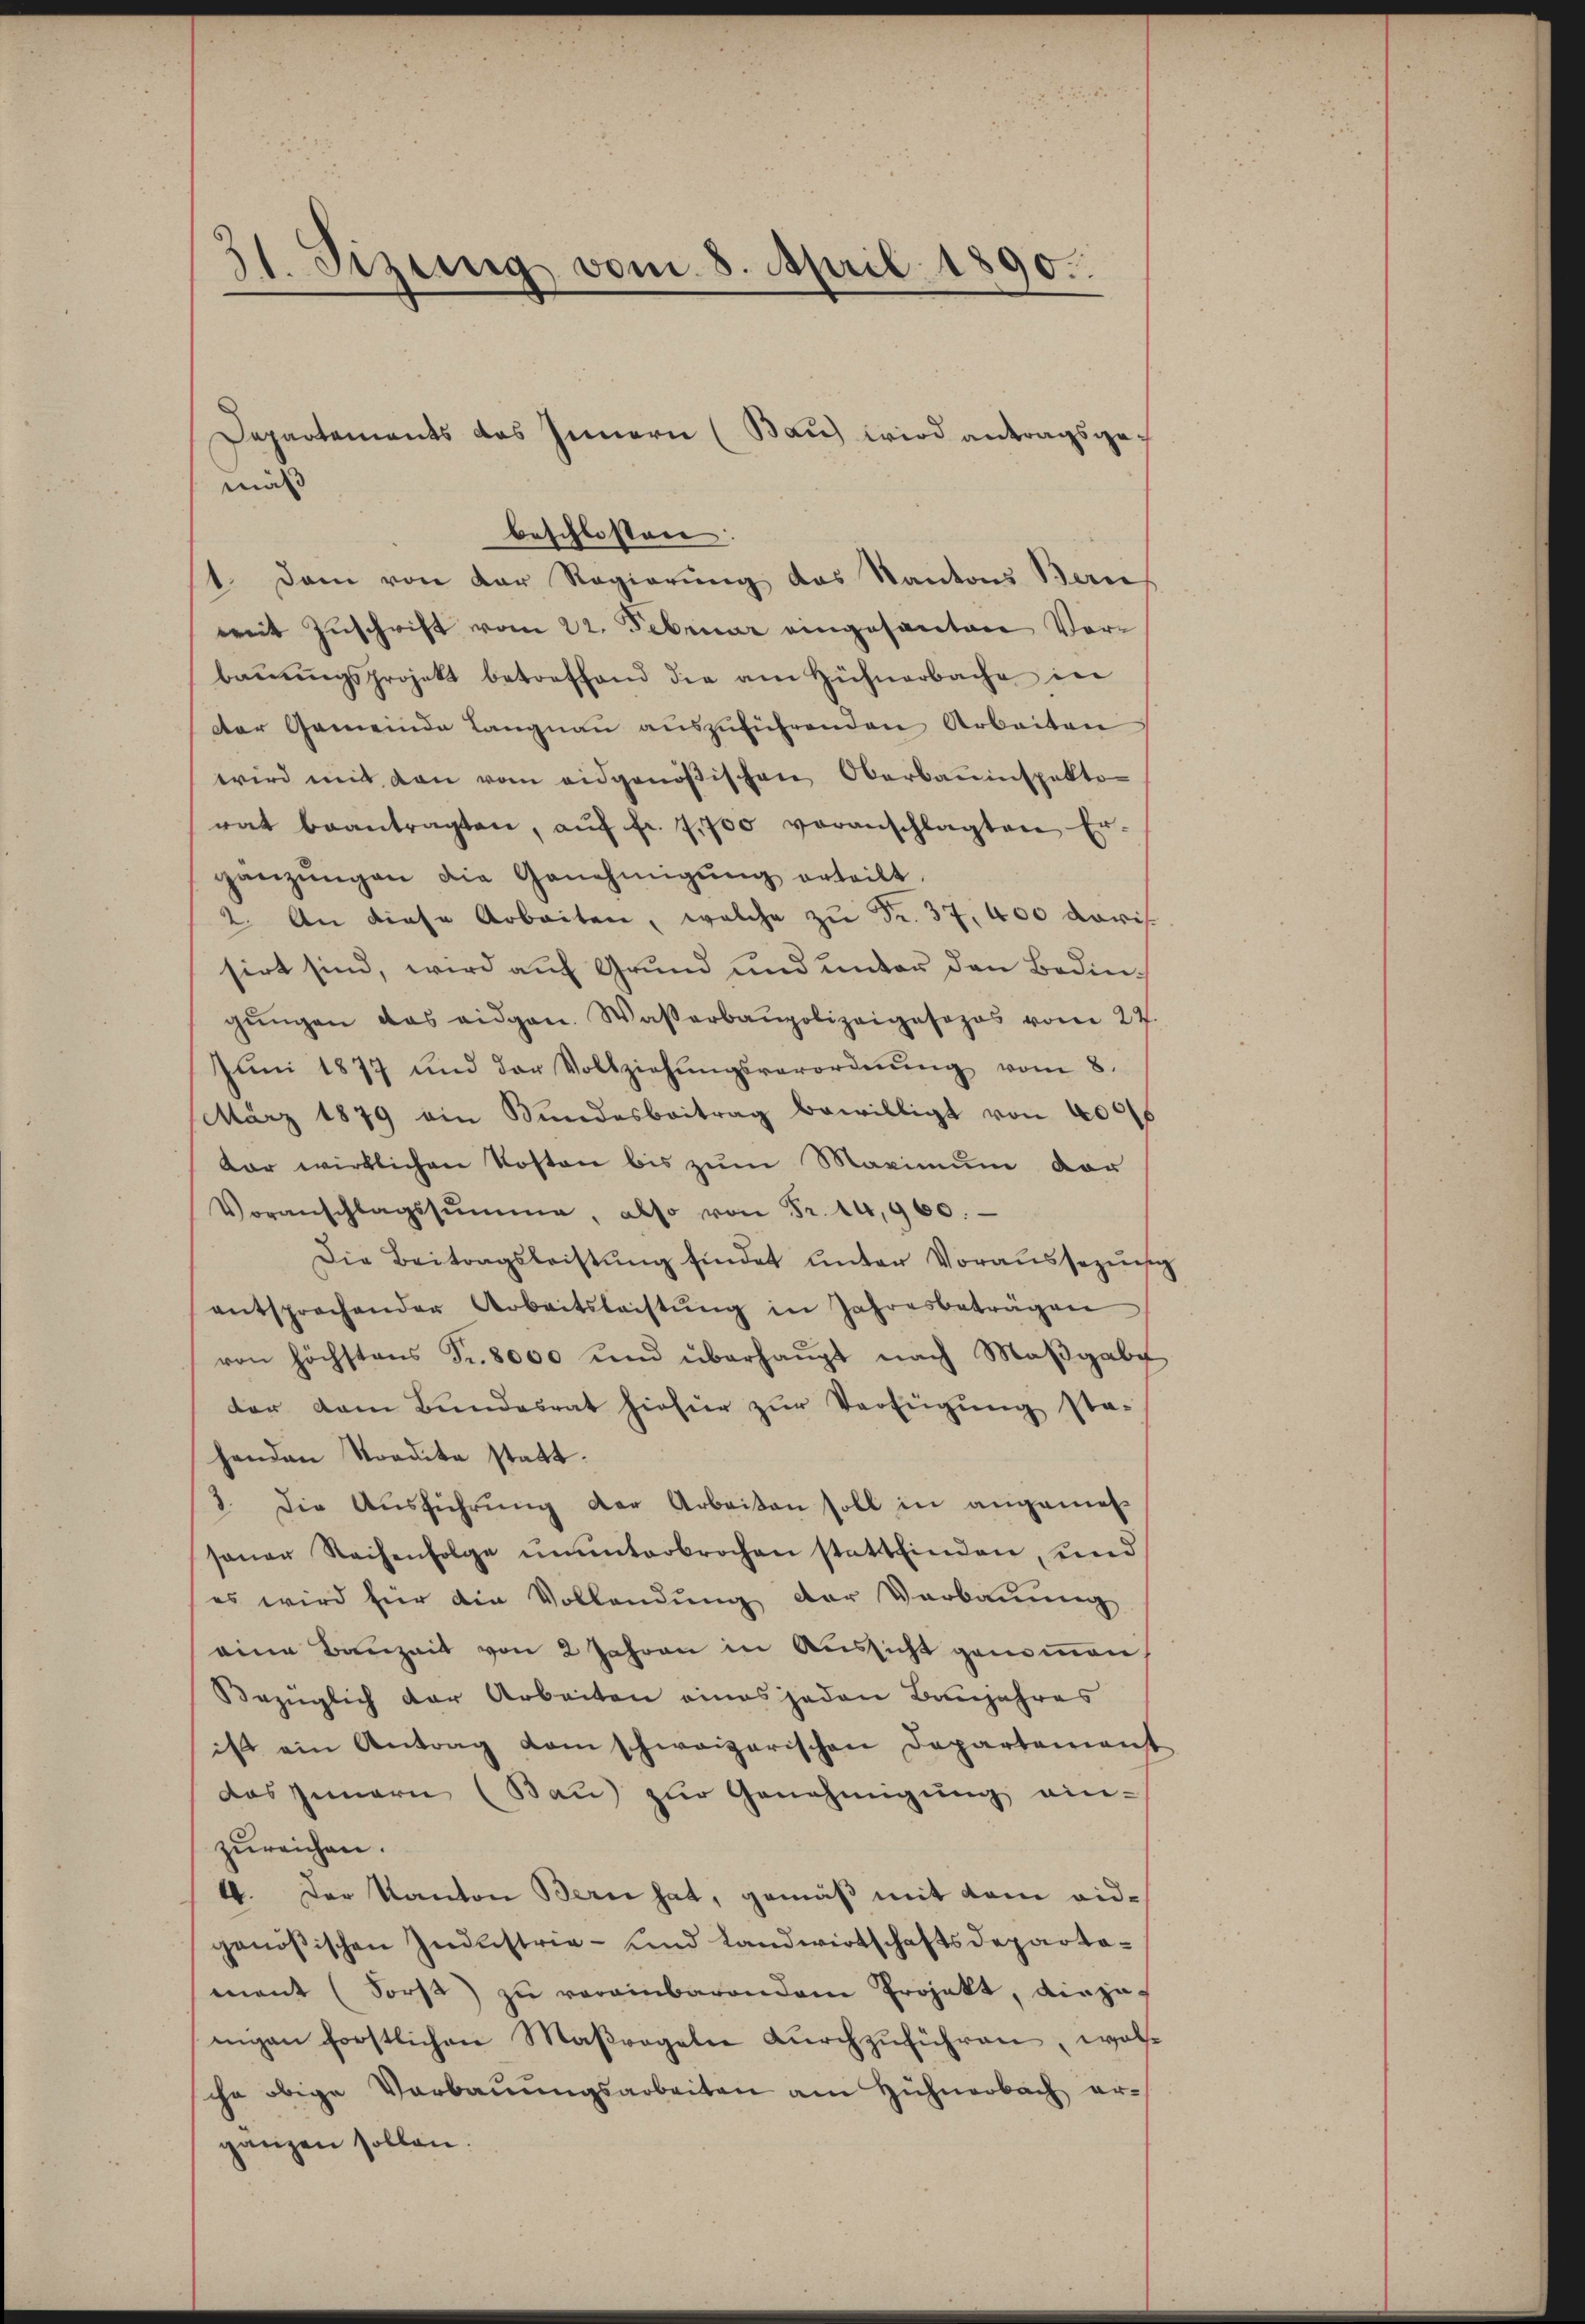
31. Sizung vom 8. April 1890.

beschlossen:
1. Dann von der Regierung das Kantons Ban
wit Zuschrift vom 22. Februar eingesanten Vorbaŭŭngsprojekt betreffend die am Hühnerbache in
der Gemeinde Langnau auszuführenden Arbeiten
wird mit den vom eidgenößischen Oberbauinspektor
rat beantragten, aŭf fr. 7,700 veranschlagten Er-
gänzŭngen die Genehmigŭng erteilt.
2. An diese Arbeiten, welche zŭ Fr. 37, 400 doris
sirt sind, wird auf Grund und unter den Bedingŭngen das eidgen. Wasserbaupolizeiposozos vom 27.
Jŭni 1877 und der Vollziehŭngsverordnŭng vom 8.
März 1879 ein Bundesbeitrag bewilligt von 4006
kar wirklichen Kosten bis zum Maximum der
Voranschlagssumme, also von Fr. 14,960.
Die Beitragsleistŭng findet ŭnter Voraussezŭch
entsprochender Arbeitsleistŭng in Jahresbeträgen
von höchstens Fr. 8000 und überhaupt nach Maβgabe
der dem Bundesrat hiefür zŭr Verfügung sta-
henden Stradita statt.
3. Die Ausführung der Arbeiten soll in angemeß
saŭer Sachenfolge ununterbrochen stattfinden, und
es wird für die Vollendung der Verbauung
eine Bauzeit von 2 Jahren in Aussicht genommen,
Bezüglich der Arbeiten eines jeden Banjahres
ist ein Antrag dem schweizerischen Departement
das Innern (Bau) zŭr Genehmigŭng ein-
zureichen.
4. Der Kanton Bern hat, gemäß mit dem eidgenößischen Industrie- und Landwirtschaftsdepartament (Forst) zu vereinbarendem Projekt, einzunigen forstlichen Maßregeln dŭrchzŭführen, wolsche obige Verbaŭŭngsarbeiten am Hühnerbach erganzen sollen.

Departements das Innern (Bau) wird antragsgemäß